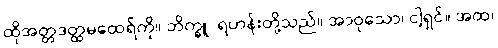
ထိုအတ္တဒတ္ထမထေရ်ကို။ ဘိက္ခူ၊ ရဟန်းတို့သည်။ အာဝုသော၊ ငါ့ရှင်။ အထ၊